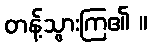
တန့်သွားကြ၏ ။